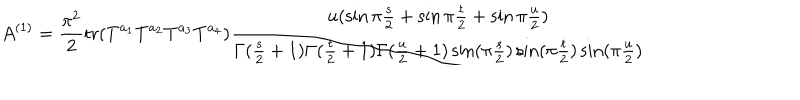
A ^ { ( 1 ) } = { \frac { \pi ^ { 2 } } { 2 } } \mathrm { t r } ( T ^ { a _ { 1 } } T ^ { a _ { 2 } } T ^ { a _ { 3 } } T ^ { a _ { 4 } } ) { \frac { u ( \sin \pi { \frac { s } { 2 } } + \sin \pi { \frac { t } { 2 } } + \sin \pi { \frac { u } { 2 } } ) } { \Gamma ( { \frac { s } { 2 } } + 1 ) \Gamma ( { \frac { t } { 2 } } + 1 ) \Gamma ( { \frac { u } { 2 } } + 1 ) \sin ( \pi { \frac { s } { 2 } } ) \sin ( \pi { \frac { t } { 2 } } ) \sin ( \pi { \frac { u } { 2 } } ) } }